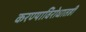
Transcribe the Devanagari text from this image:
करण्याविरोधातही